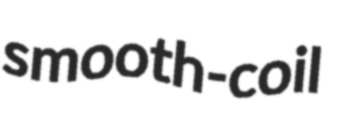
smooth-coil